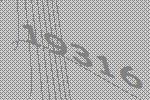
19316